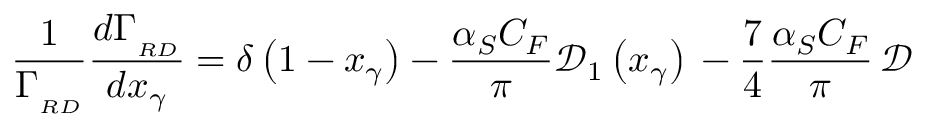
\frac { 1 } { \Gamma _ { _ { R D } } } \frac { d \Gamma _ { _ { R D } } } { d x _ { \gamma } } = \delta \left( 1 - x _ { \gamma } \right) - \frac { \alpha _ { S } C _ { F } } { \pi } \mathcal { D } _ { 1 } \left( x _ { \gamma } \right) \, - \frac { 7 } { 4 } \frac { \alpha _ { S } C _ { F } } { \pi } \, \mathcal { D }